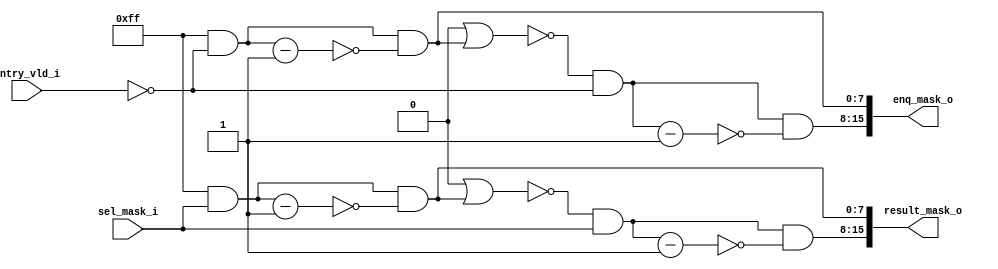
module StaticPrioritySelector (
	enq_mask_o,
	sel_mask_i,
	result_mask_o,
	entry_vld_i
);
	parameter Depth = 8;
	parameter EnqWidth = 2;
	parameter SelWidth = 2;
	output wire [(EnqWidth * Depth) - 1:0] enq_mask_o;
	input wire [Depth - 1:0] sel_mask_i;
	output wire [(SelWidth * Depth) - 1:0] result_mask_o;
	input wire [Depth - 1:0] entry_vld_i;
	wire [(EnqWidth * Depth) - 1:0] enq_allocated_mask;
	wire [(EnqWidth * Depth) - 1:0] masked_enq_rdy;
	wire [(SelWidth * Depth) - 1:0] selected_mask;
	wire [(SelWidth * Depth) - 1:0] masked_sel_mask;
	genvar i;
	generate
		for (i = 0; i < EnqWidth; i = i + 1) begin : gen_enq_allocated_mask
			if (i == 0) begin : gen_initial_one
				assign enq_allocated_mask[i * Depth+:Depth] = {Depth {1'b0}};
			end
			else begin : gen_others
				assign enq_allocated_mask[i * Depth+:Depth] = enq_allocated_mask[(i - 1) * Depth+:Depth] | enq_mask_o[(i - 1) * Depth+:Depth];
			end
			assign masked_enq_rdy[i * Depth+:Depth] = ~enq_allocated_mask[i * Depth+:Depth] & ~entry_vld_i;
		end
		for (i = 0; i < EnqWidth; i = i + 1) begin : gen_enq_mask
			assign enq_mask_o[i * Depth+:Depth] = masked_enq_rdy[i * Depth+:Depth] & ~(masked_enq_rdy[i * Depth+:Depth] - 1);
		end
		for (i = 0; i < SelWidth; i = i + 1) begin : gen_masked_sel_mask
			if (i == 0) begin : gen_initial_one
				assign selected_mask[i * Depth+:Depth] = {Depth {1'b0}};
			end
			else begin : gen_others
				assign selected_mask[i * Depth+:Depth] = selected_mask[(i - 1) * Depth+:Depth] | result_mask_o[(i - 1) * Depth+:Depth];
			end
			assign masked_sel_mask[i * Depth+:Depth] = ~selected_mask[i * Depth+:Depth] & sel_mask_i;
		end
		for (i = 0; i < SelWidth; i = i + 1) begin : gen_sel_result
			assign result_mask_o[i * Depth+:Depth] = masked_sel_mask[i * Depth+:Depth] & ~(masked_sel_mask[i * Depth+:Depth] - 1);
		end
	endgenerate
endmodule